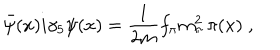
LaTeX: \bar { \psi } ( x ) i \gamma _ { 5 } \psi ( x ) = \frac { 1 } { 2 m } f _ { \pi } m _ { \pi } ^ { 2 } \, \pi ( x ) \; ,